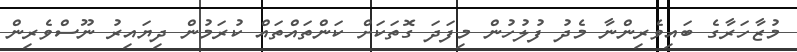
މުޒާހަރާގެ ބައިވެރިންނާ މެދު ފުލުހުން މިފަދަ ގޮތަކަށް ކަންތައްތައް ކުރަމުން ދިޔައިރު ނޫސްވެރިން